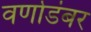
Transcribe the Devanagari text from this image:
वर्णाडंबर